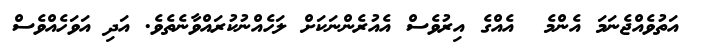
އަތުވެއްޖެނަމަ އެންމެ  އެއްގެ އިރުވެސް އެއުރެންނަކަށް ލަހެއްނުކުރައްވާނެތެވެ. އަދި އަވަހެއްވެސް